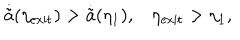
\dot { \tilde { a } } ( \eta _ { \mathrm { e x i t } } ) > \dot { \tilde { a } } ( \eta _ { 1 } ) , \eta _ { \mathrm { e x i t } } > \eta _ { 1 } ,